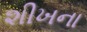
શીખના